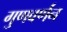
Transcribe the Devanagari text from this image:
गुणवर्णंन